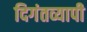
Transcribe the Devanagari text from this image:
दिगंतव्यापी